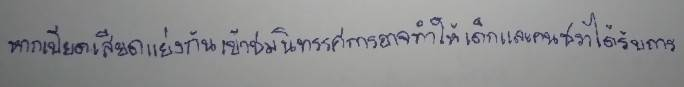
หากเบียดเสียดแย่งกันเข้าชมนิทรรศการอาจทำให้เด็กและคนชราได้รับการ